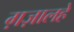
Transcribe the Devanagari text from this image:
ग़ज़ालहे